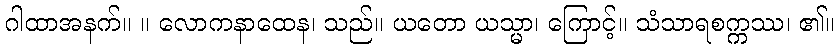
ဂါထာအနက်။ ။ လောကနာထေန၊ သည်။ ယတော ယသ္မာ၊ ကြောင့်။ သံသာရစက္ကဿ၊ ၏။